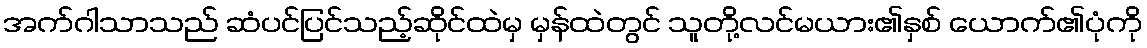
အက်ဂါသာသည် ဆံပင်ပြင်သည့်ဆိုင်ထဲမှ မှန်ထဲတွင် သူတို့လင်မယား၏နှစ် ယောက်၏ပုံကို